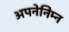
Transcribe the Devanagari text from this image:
अपनेनिम्न